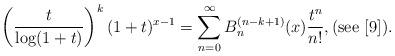
LaTeX: \begin{align*}\left( \frac{t}{\log(1+t)} \right)^k (1+t)^{x-1} = \sum_{n=0}^\infty B_n^{(n-k+1)}(x) \frac{t^n}{n!},(\textnormal{see} \,\, [9]).\end{align*}